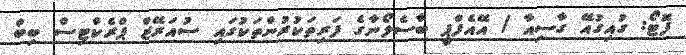
ފޮޓޯ: ގުއިގުއޭ ގާސިއާ / އޭއެފްޕީ ބާސެލޯނާގެ ފަރިތަކުުރުންތަކުގައި ސުއަރޭޒް ޕްރެކްޓިސް ބިބް